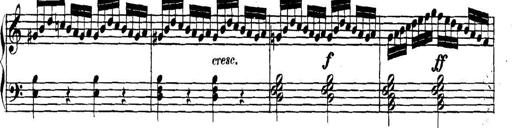
Title: Collected Piano Sonatas
Composer: Muzio Clementi